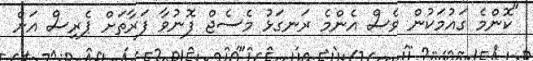
"ކޮންމެ ގައުމަކުން ވެސް އެންމެ ރަނގަޅު މެސެޖް ފޮނުވާ ފަރާތަށް ޕެރިސް އަށް